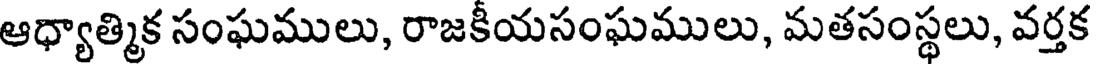
ఆధ్యాత్మిక సంఘములు, రాజకీయసంఘములు, మతసంస్థలు, వర్తక